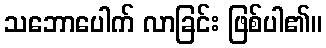
သဘောပေါက် လာခြင်း ဖြစ်ပါ၏။